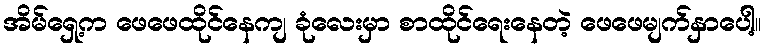
အိမ်ရှေ့က ဖေဖေထိုင်နေကျ ခုံလေးမှာ စာထိုင်ရေးနေတဲ့ ဖေဖေမျက်နှာပေါ့။